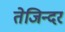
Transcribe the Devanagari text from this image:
तेजिन्दर